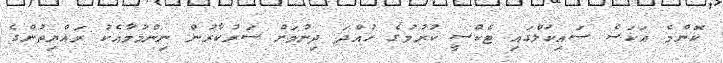
ކޮންމެ އަކަސް ސައިކަލްގައި ޓެކްސީ ކުރުމުގެ ހުއްދަ ދިނުމަށް ސަރުކާރުން ނިންމުމާއެކު ރައްޔިތުންގެ